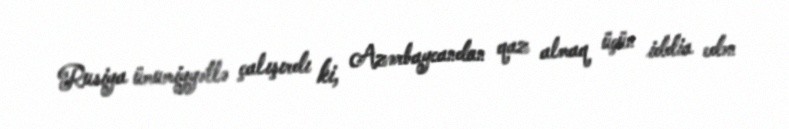
Rusiya ümumiyyətlə çalışırdı ki, Azərbaycandan qaz almaq üçün iddia edən